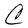
Character: C